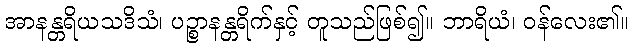
အာနန္တရိယသဒိသံ၊ ပဉ္စာနန္တရိက်နှင့် တူသည်ဖြစ်၍။ ဘာရိယံ၊ ဝန်လေး၏။